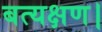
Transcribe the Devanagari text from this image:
बत्यक्षण।